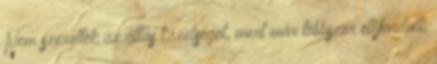
Nem szerették az állás közelségét, mert már többször előfordult,